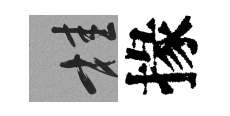
桂掾